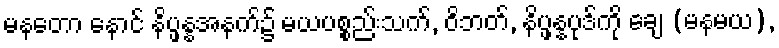
မနတော နောင် နိပ္ဖန္နအနက်၌ မယပစ္စည်းသက်, ဝိဘတ်, နိပ္ဖန္နပုဒ်ကို ချေ (မနမယ),